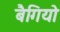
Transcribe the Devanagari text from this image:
बैगियो